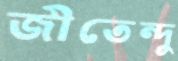
জীতেন্দু